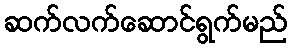
ဆက်လက်ဆောင်ရွက်မည်